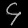
Digit: ၄